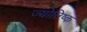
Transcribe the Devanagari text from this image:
ज्योतिष्क